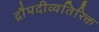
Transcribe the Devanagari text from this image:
द्रौपदीव्यतिरिक्त